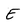
Character: E